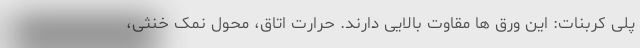
پلی کربنات: این ورق ها مقاوت بالایی دارند. حرارت اتاق، محول نمک خنثی،